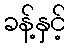
ခန့်နှင့်